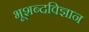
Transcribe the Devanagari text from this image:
भूशब्दविज्ञान